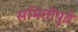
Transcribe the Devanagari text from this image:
समितीपुढे